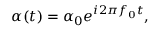
\alpha ( t ) = { { \alpha } _ { 0 } } { { e } ^ { i 2 \pi { { f } _ { 0 } } t } } ,